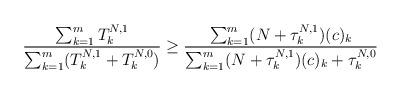
LaTeX: \begin{align*}\frac{\sum_{k=1}^m T^{N,1}_k}{\sum_{k=1}^m(T^{N,1}_k+T^{N,0}_k)}\ge\frac{\sum_{k=1}^m (N+\tau^{N,1}_k)(c)_k}{\sum_{k=1}^m(N+\tau^{N,1}_k)(c)_k+\tau^{N,0}_k}\ \ \end{align*}